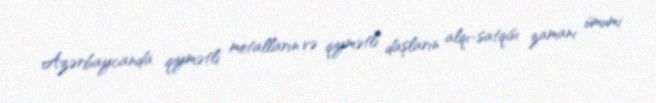
Azərbaycanda qiymətli metalların və qiymətli daşların alqı-satqısı zamanı ümumi